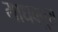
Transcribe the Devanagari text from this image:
माधवपुरा